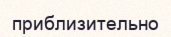
приблизительно